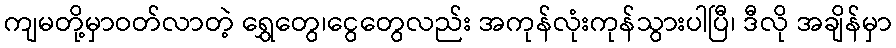
ကျမတို့မှာဝတ်လာတဲ့ ရွှေတွေ၊ငွေတွေလည်း အကုန်လုံးကုန်သွားပါပြီ၊ ဒီလို အချိန်မှာ